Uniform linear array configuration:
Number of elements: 12
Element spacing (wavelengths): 0.25
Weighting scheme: hamming
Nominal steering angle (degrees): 0
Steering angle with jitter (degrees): -1.367
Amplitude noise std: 0.05
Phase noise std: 0.05

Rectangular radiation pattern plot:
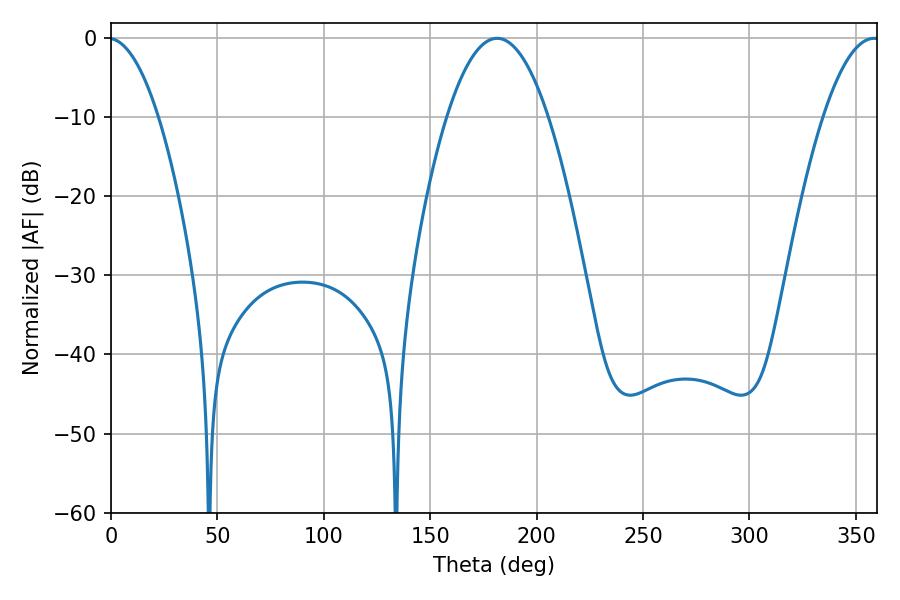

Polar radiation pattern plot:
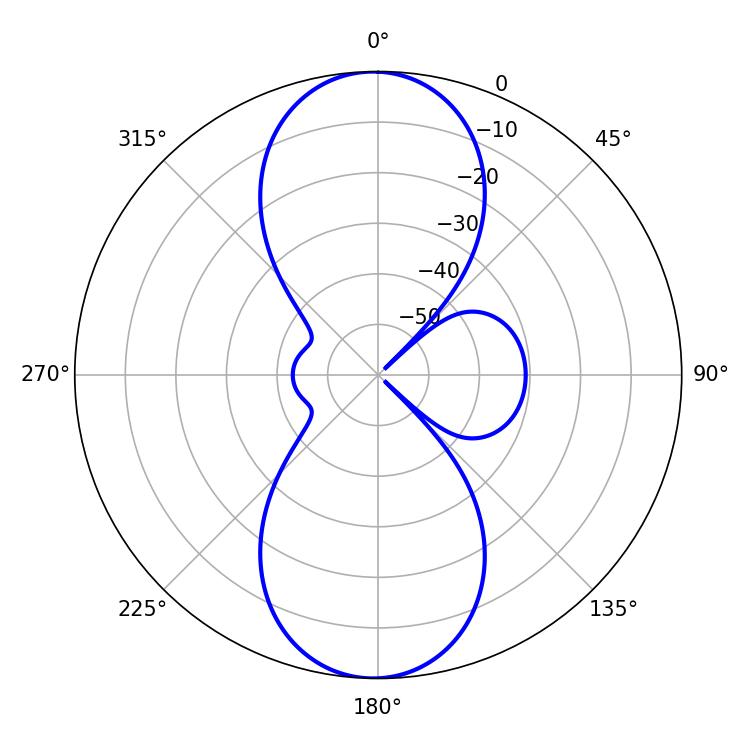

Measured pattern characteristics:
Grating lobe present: FALSE
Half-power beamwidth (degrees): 26.28
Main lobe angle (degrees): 181.44